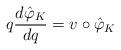
LaTeX: \begin{align*} q\frac{d\hat{\varphi}_K}{dq} = v\circ \hat{\varphi}_K \end{align*}